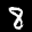
Label: 8